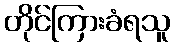
တိုင်ကြားခံရသူ